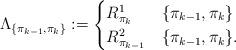
LaTeX: \begin{align*}\Lambda_{\{\pi_{k-1},\pi_k\}} :=\begin{cases}R^1_{\pi_k} & \{\pi_{k-1},\pi_k\} \\R^2_{\pi_{k-1}} & \{\pi_{k-1},\pi_k\} .\end{cases}\end{align*}